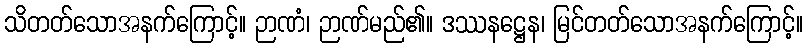
သိတတ်သောအနက်ကြောင့်။ ဉာဏံ၊ ဉာဏ်မည်၏။ ဒဿနဋ္ဌေန၊ မြင်တတ်သောအနက်ကြောင့်။